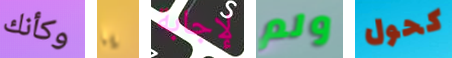
وكأنك يا لإجابة ولم كحول